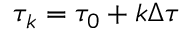
\tau _ { k } = \tau _ { 0 } + k \Delta \tau